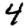
Digit: 4